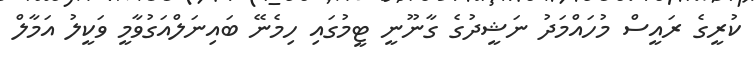
ކުރީގެ ރައީސް މުހައްމަދު ނަޝީދުގެ ގާނޫނީ ޓީމުގައި ހިމެނޭ ބައިނަލްއަގުވާމީ ވަކީލު އަމާލް